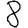
Digit: 8